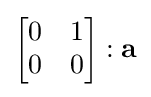
{\begin{bmatrix}0&1\\0&0\end{bmatrix}}:\mathbf {a}